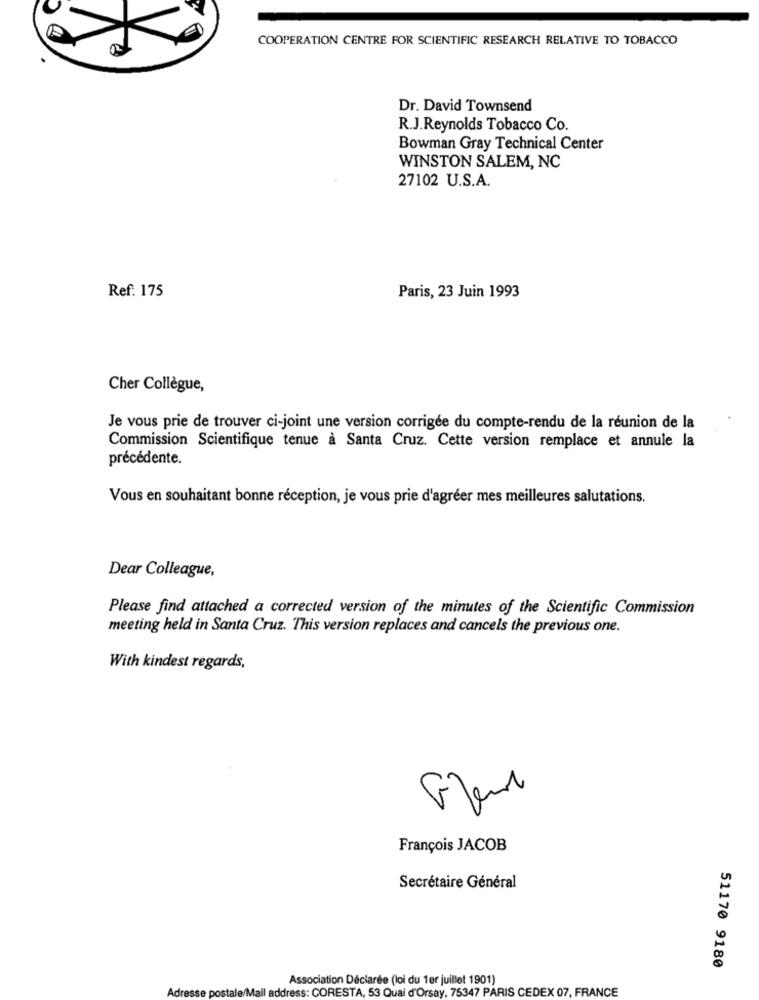
COOPERATION CENTRE FOR SCIENTIFIC RESEARCH RELATIVE TO TOBACCO
Dr. David Townsend
R.J.Reynolds Tobacco Co.
Bowman Gray Technical Center
WINSTON SALEM, NC
27102 U.S.A.
Ref: 175
Paris, 23 Juin 1993
Cher Collègue,
Je vous prie de trouver ci-joint une version corrigée du compte-rendu de la réunion de la
Commission Scientifique tenue à Santa Cruz. Cette version remplace et annule la
précédente.
Vous en souhaitant bonne réception, je vous prie d'agréer mes meilleures salutations.
Dear Colleague,
Please find attached a corrected version of the minutes of the Scientific Commission
meeting held in Santa Cruz. This version replaces and cancels the previous one.
With kindest regards,
1
François JACOB
Secrétaire Général
51170 9180
Association Déclarée (loi du 1er juillet 1901)
Adresse postale/Mail address: CORESTA, 53 Qual d'Orsay, 75347 PARIS CEDEX 07, FRANCE